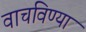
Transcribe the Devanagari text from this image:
वाचविण्या